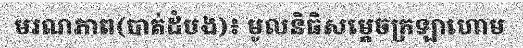
មរណភាព(បាត់ដំបង)៖ មូលនិធិសម្តេចក្រឡាហោម